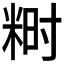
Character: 𬖞